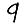
Digit: 9